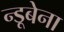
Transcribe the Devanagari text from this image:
न्डूबेना